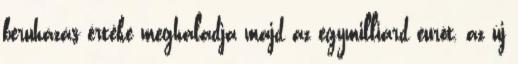
beruházás értéke meghaladja majd az egymilliárd eurót, az új